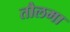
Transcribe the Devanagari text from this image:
तौलमा